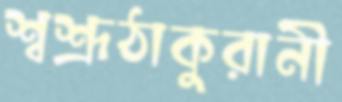
শ্বশ্রূঠাকুরানী